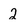
Character: 2